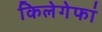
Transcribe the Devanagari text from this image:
किलेगेफां